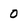
Character: 0